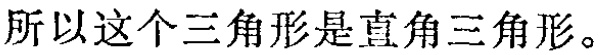
所以这个三角形是直角三角形。